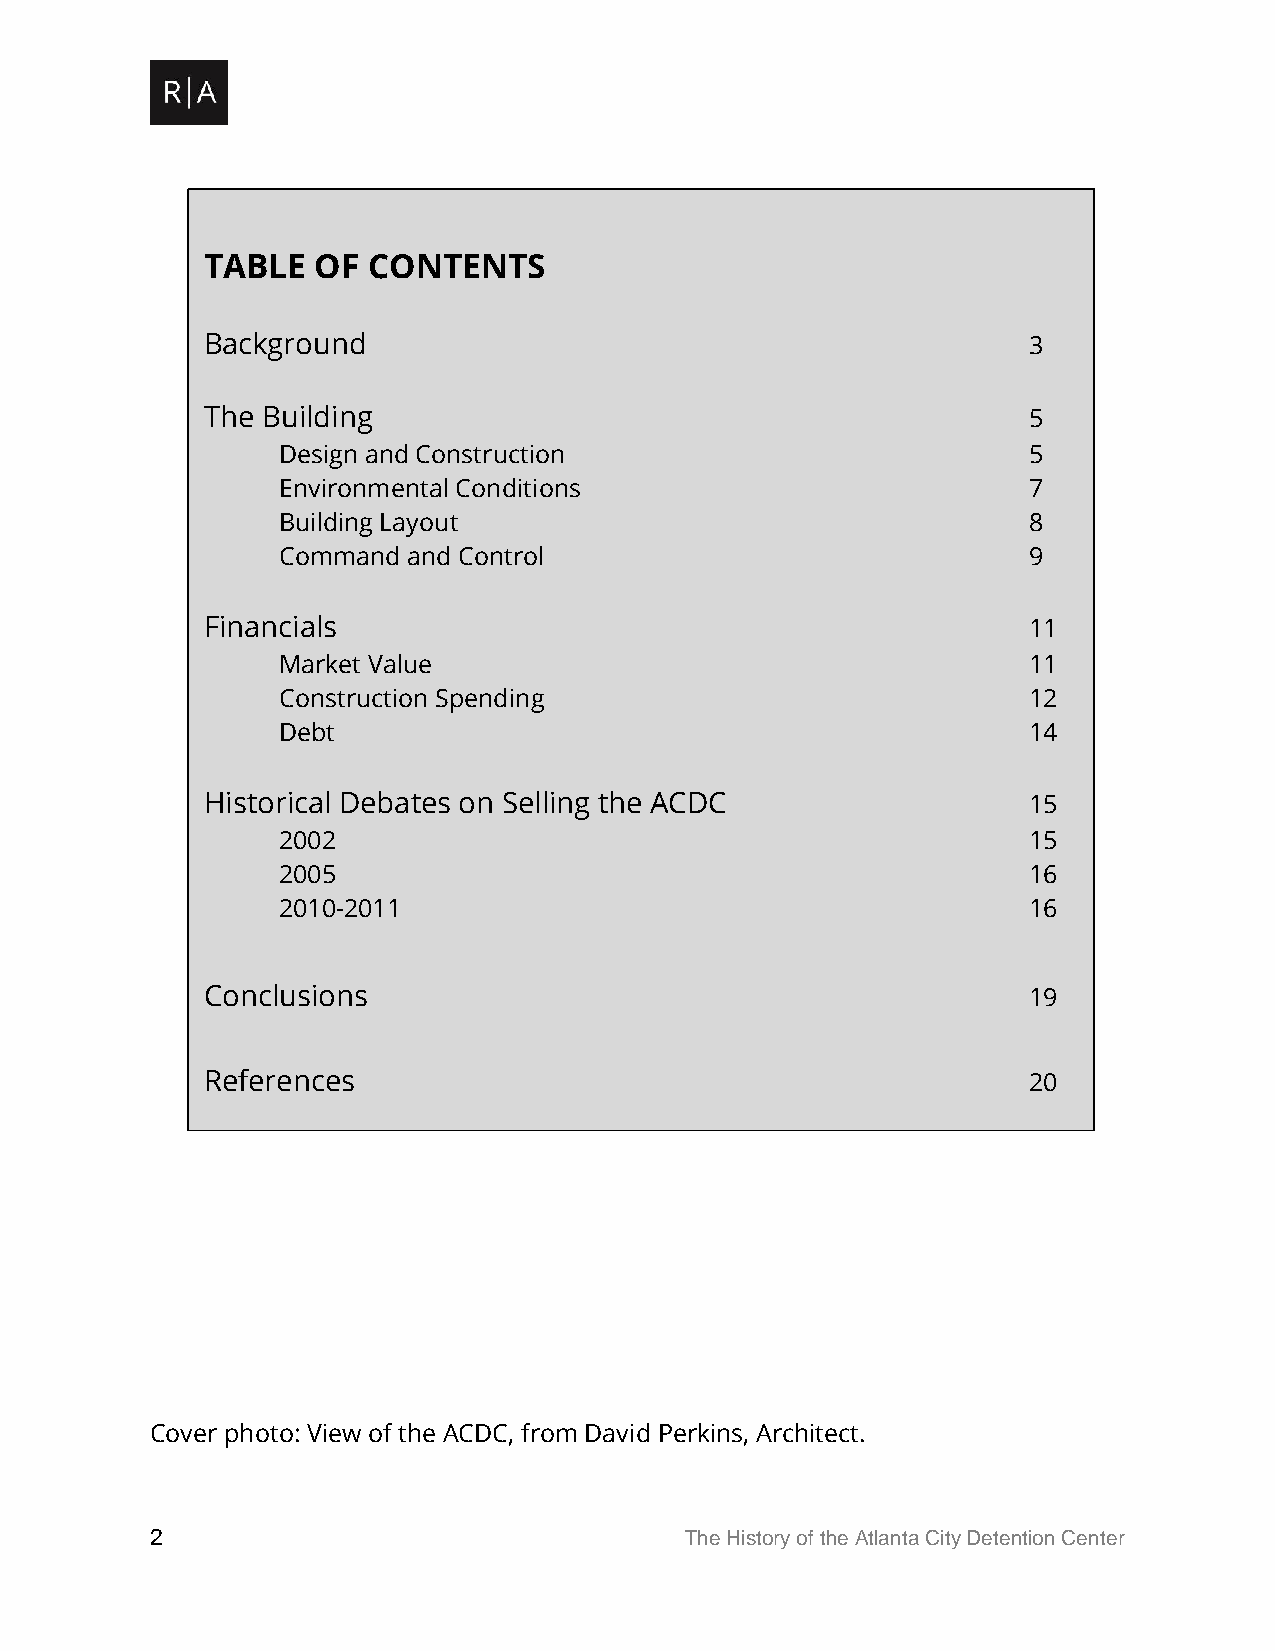
TABLE   OF CONTENTS
 Background                                             3
 The Building                                           5
 Design and Construction                           5
 Environmental Conditions                          7
 Building Layout                                   8
 Command  and Control                              9
 Financials                                             11
 Market Value                                      11
 Construction Spending                             12
 Debt                                              14
 Historical Debates on Selling the ACDC                 15
 2002                                              15
 2005                                              16
 2010-2011                                         16
 Conclusions                                            19
 References                                             20
 Cover photo: View of the ACDC, from David Perkins, Architect.
 2                                  The History of the Atlanta City Detention Center